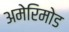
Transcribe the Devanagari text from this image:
अमेरिमोड